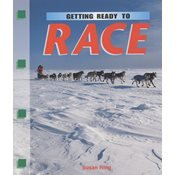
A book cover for Getting ready to race (Newbridge discovery links); Susan Ring; Sports & Outdoors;